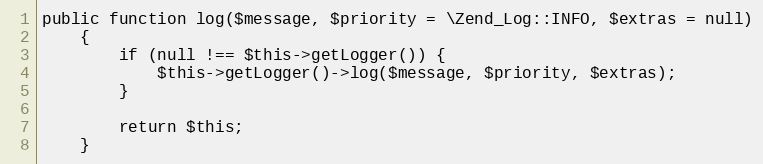
Language: PHP
public function log($message, $priority = \Zend_Log::INFO, $extras = null)
    {
        if (null !== $this->getLogger()) {
            $this->getLogger()->log($message, $priority, $extras);
        }

        return $this;
    }